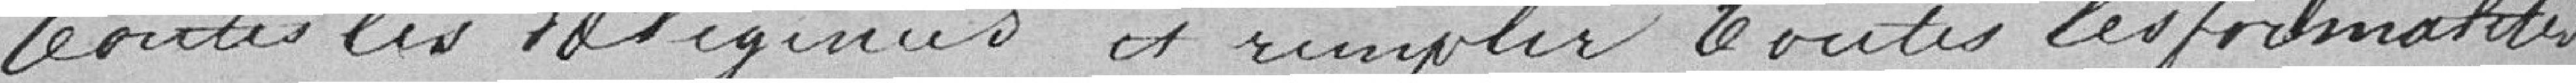
toutes les diligences et remplir toutes les formalités